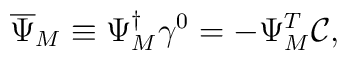
\overline{\Psi}_M \equiv \Psi_M^{\dagger} \gamma^0 = - \Psi_M^T  \mathcal{C}    ,